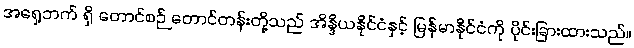
အရှေ့ဘက် ရှိ တောင်စဉ် တောင်တန်းတို့သည် အိန္ဒိယနိုင်ငံနှင့် မြန်မာနိုင်ငံကို ပိုင်းခြားထားသည်။